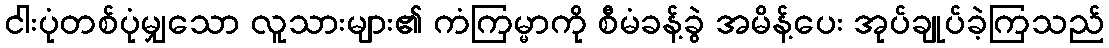
ငါးပုံတစ်ပုံမျှသော လူသားများ၏ ကံကြမ္မာကို စီမံခန့်ခွဲ အမိန့်ပေး အုပ်ချုပ်ခဲ့ကြသည်